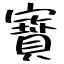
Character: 寳